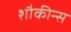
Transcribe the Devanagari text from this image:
शौकीन्स